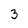
Character: 3